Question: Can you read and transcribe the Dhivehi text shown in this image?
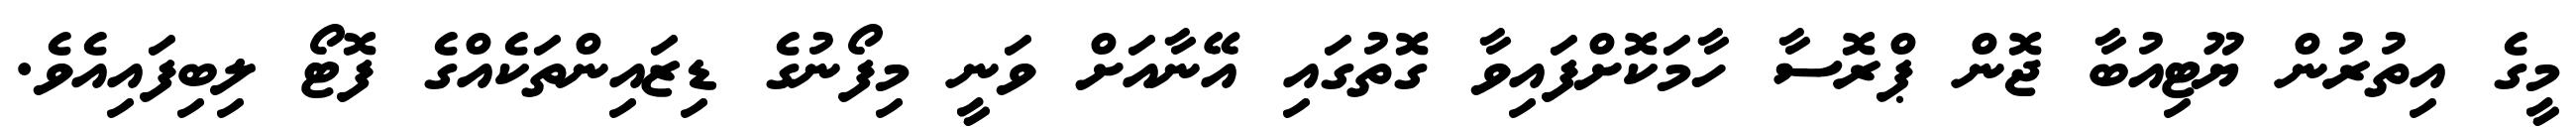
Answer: މީގެ އިތުރުން ޔޫޓިއުބާ ޖޮން ޕްރޮސާ ހާމަކޮށްފައިވާ ގޮތުގައި އޭނާއަށް ވަނީ މިފޯނުގެ ޑިޒައިންތަކެއްގެ ފޮޓޯ ލިބިފައިއެވެ.